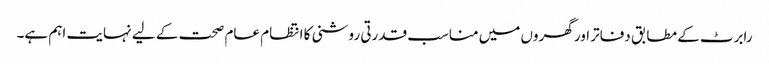
رابرٹ کے مطابق دفاتر اور گھروں میں مناسب قدرتی روشنی کا انتظام عام صحت کے لیے نہایت اہم ہے۔